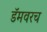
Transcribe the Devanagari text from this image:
डॅमवरच